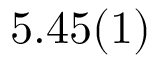
5 . 4 5 ( 1 )